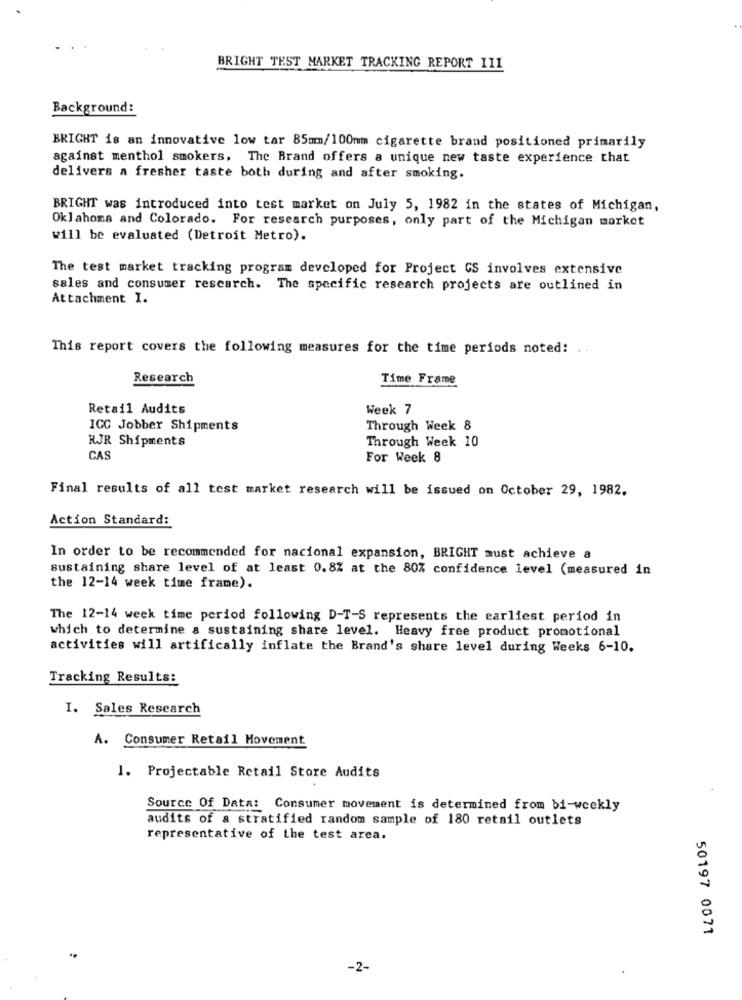
BRIGHT TEST MARKET TRACKING REPORT 111
Background:
BRIGHT is an innovative low tar 85mm/100mm cigarette brand positioned primarily
against menthol smokers. The Brand offers a unique new taste experience that
delivers a fresher taste both during and after smoking.
BRIGHT was introduced into test market on July 5, 1982 in the states of Michigan,
Oklahoma and Colorado. For research purposes, only part of the Michigan market
will be evaluated (Detroit Metro).
The test market tracking program developed for Project GS involves extensive
sales and consumer research. The specific research projects are outlined in
Attachment I.
This report covers the following measures for the time periods noted: ..
Research
Time Frame
Retail Audits
Week 7
ICC Jobber Shipments
Through Week 8
RJR Shipments
Through Week 10
CAS
For Week 8
Final results of all test market research will be issued on October 29, 1982.
Action Standard:
In order to be recommended for nacional expansion, BRIGHT must achieve a
sustaining share level of at least 0.8% at the 80% confidence level (measured in
the 12-14 week time frame).
The 12-14 week time period following D-T-S represents the earliest period in
which to determine & sustaining share level. Heavy free product promotional
activities will artifically inflate the Brand's share level during Weeks 6-10.
Tracking Results:
I. Sales Research
A. Consumer Retail Movement
1. Projectable Retail Store Audits
Source Of Data: Consumer movement is determined from bi-weekly
audits of a stratified random sample of 180 retail outlets
representative of the test area.
50197 0071
-2-